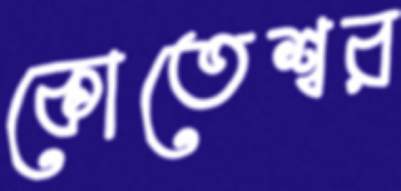
কোতেশ্বর